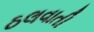
ઠલવાતી